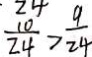
\frac { 1 0 } { 2 4 } > \frac { 9 } { 2 4 }